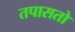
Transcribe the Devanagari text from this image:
तपासतो